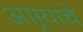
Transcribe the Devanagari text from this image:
आग्र्याचे